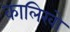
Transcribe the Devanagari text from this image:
कालिखो